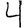
Digit: 4